Report of the Lahore Medical School Hospital
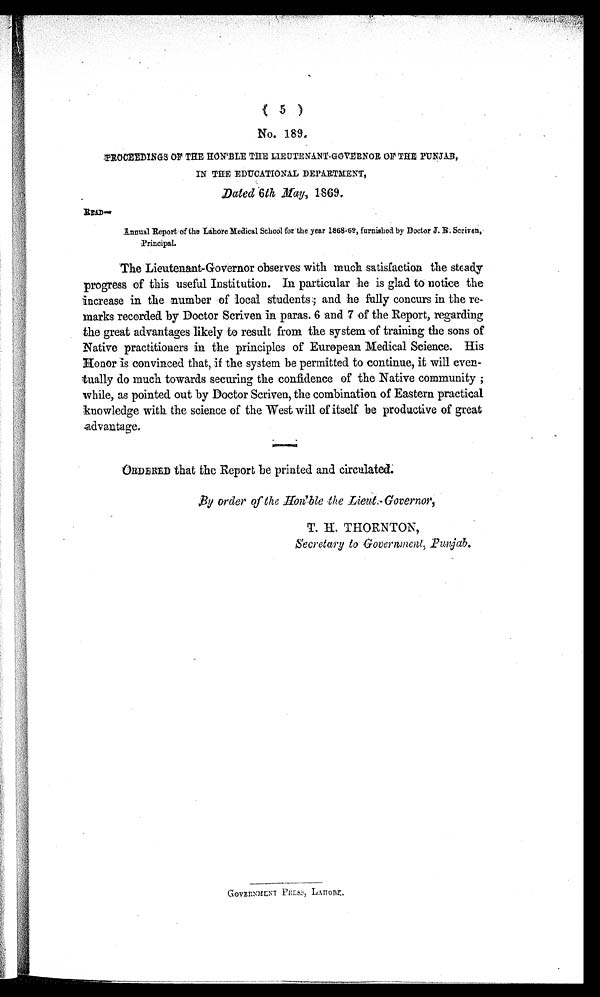
No. 189.
PROCEEDINGS OF THE HON'BLE THE LIEUTENANT-GOVERNOR OF THE PUNJAB,
IN THE EDUCATIONAL DEPARTMENT,
Dated 6 th May, 1869.
READ—
Annual Report of the Lahore Medical School for the year 1868-69, furnished by Doctor J . B. Scriven,
Principal.
The Lieutenant-Governor observes with much satisfaction the steady
progress of this useful Institution. In particular he is glad to notice the
increase in the number of local students ; and he fully concurs in the re-
marks recorded by Doctor Scriven in paras. 6 and 7 of the Report, regarding
the great advantages likely to result from the system of training the sons of
Native practitioners in the principles of European Medical Science. His
Honor is convinced that, if the system be permitted to continue, it will even-
tually do much towards securing the confidence of the Native community ;
while, as pointed out by Doctor Scriven, the combination of Eastern practical
knowledge with the science of the West will of itself be productive of great
advantage.
ORDERED that the Report be printed and circulated.
By order of the Hon'ble the Lieut.-Governor,
T. H. THORNTON,
Secretary to Government, Punjab.